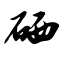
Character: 硒